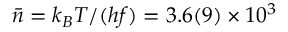
\bar { n } = k _ { B } T / ( h f ) = 3 . 6 ( 9 ) \times 1 0 ^ { 3 }